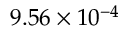
9 . 5 6 \times 1 0 ^ { - 4 }